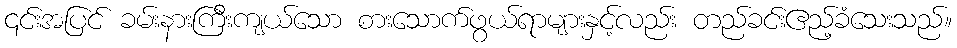
၎င်းအပြင် ခမ်းနားကြီးကျယ်သော စားသောက်ဖွယ်ရာများနှင့်လည်း တည်ခင်းဧည့်ခံသေးသည်။